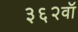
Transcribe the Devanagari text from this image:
३६२वॉ